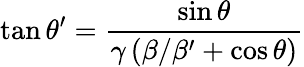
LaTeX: \tan{\theta^{\prime}}={\frac{\sin{\theta}}{\gamma\left(\beta/\beta^{\prime}+\cos{\theta}\right)}}